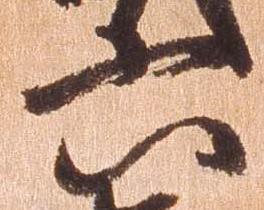
六